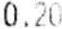
0.20